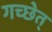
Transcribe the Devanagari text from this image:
गच्छेत्